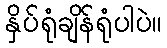
နှိပ်ရုံချိန်ရုံပါပဲ။